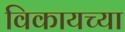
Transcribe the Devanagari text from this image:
विकायच्या